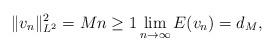
LaTeX: \begin{align*}\|v_n\|^2_{L^2} =M n\geq 1 \lim_{n \rightarrow \infty} E(v_n) =d_M,\end{align*}